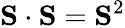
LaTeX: \mathbf{S}\cdot\mathbf{S}=\mathbf{S}^{2}